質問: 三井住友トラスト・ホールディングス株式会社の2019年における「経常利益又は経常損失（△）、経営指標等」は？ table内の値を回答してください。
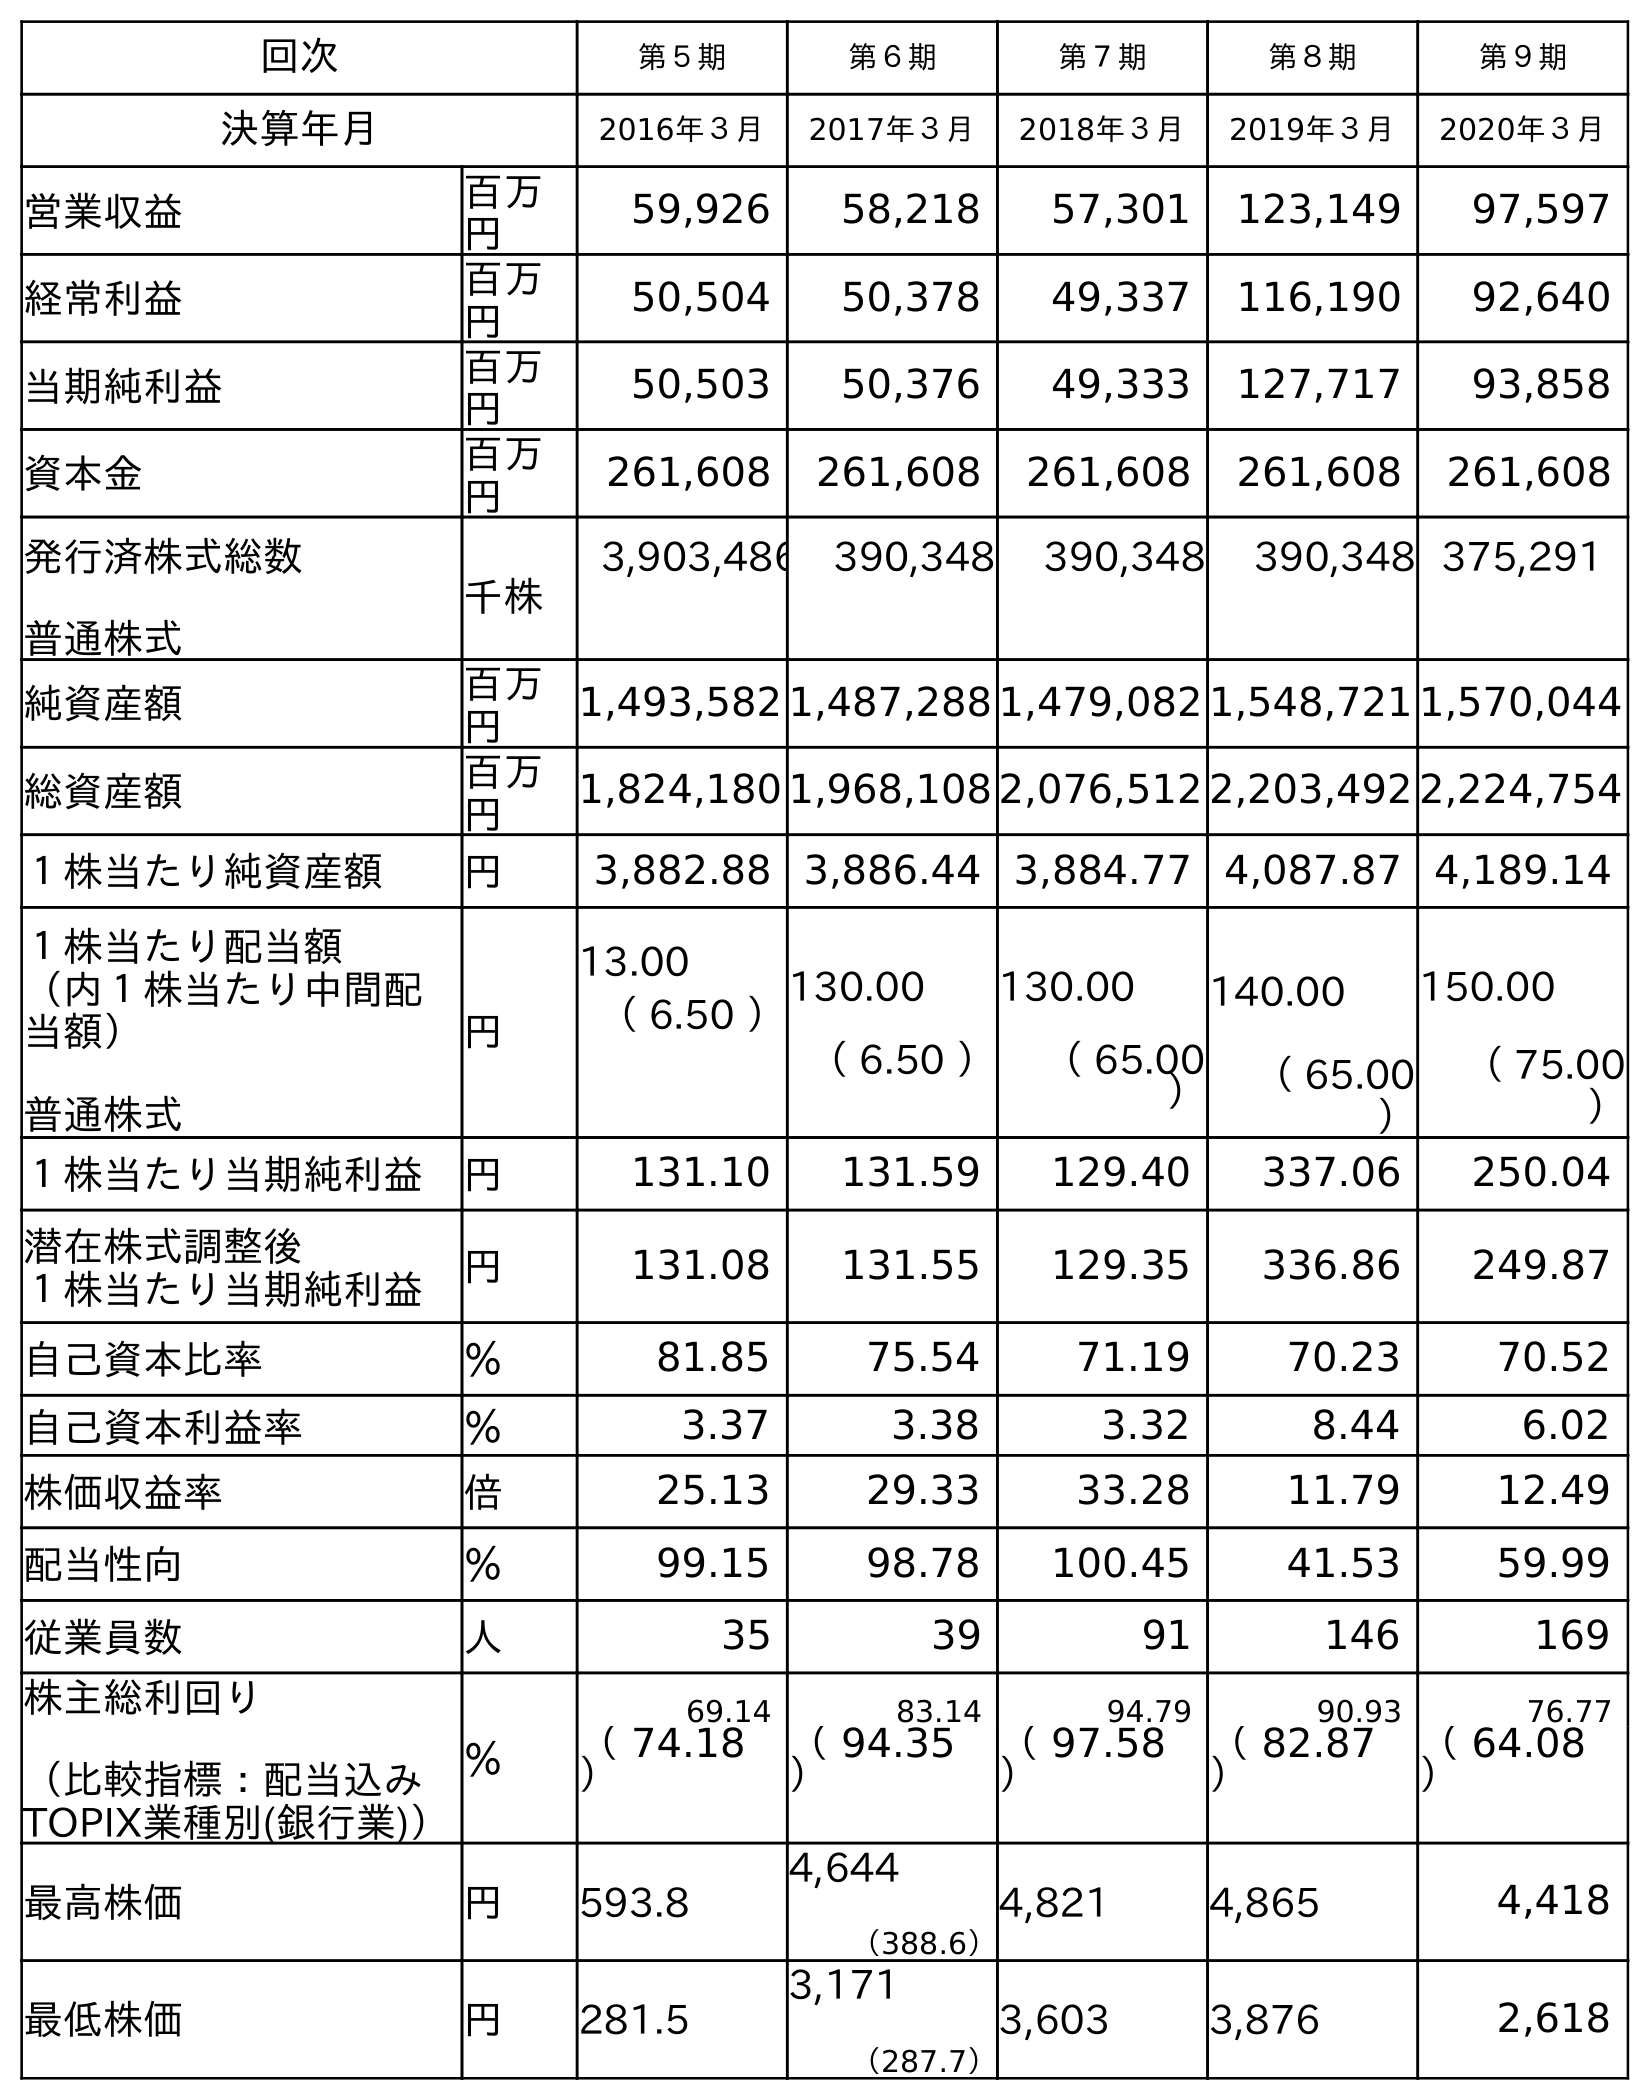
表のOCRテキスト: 回次 第５期 第６期 第７期 第８期 第９期 決算年月 2016年３月 2017年３月 2018年３月 2019年３月 2020年３月 営業収益 百万 円 59,926 58,218 57,301 123,149 97,597 経常利益 百万 円 50,504 50,378 49,337 116,190 92,640 当期純利益 百万 円 50,503 50,376 49,333 127,717 93,858 資本金 百万 円 261,608 261,608 261,608 261,608 261,608 発行済株式総数 普通株式 千株 3,903,486 390,348 390,348 390,348 375,291 純資産額 百万 円 1,493,582 1,487,288 1,479,082 1,548,721 1,570,044 総資産額 百万 円 1,824,180 1,968,108 2,076,512 2,203,492 2,224,754 １株当たり純資産額 円 3,882.88 3,886.44 3,884.77 4,087.87 4,189.14 １株当たり配当額 （内１株当たり中間配 当額） 普通株式 円 13.00 （ 6.50 ）130.00 （ 6.50 ） 130.00 （ 65.00 ） 140.00 （ 65.00 ） 150.00 （ 75.00 ） １株当たり当期純利益 円 131.10 131.59 129.40 337.06 250.04 潜在株式調整後 １株当たり当期純利益 円 131.08 131.55 129.35 336.86 249.87 自己資本比率 ％ 81.85 75.54 71.19 70.23 70.52 自己資本利益率 ％ 3.37 3.38 3.32 8.44 6.02 株価収益率 倍 25.13 29.33 33.28 11.79 12.49 配当性向 ％ 99.15 98.78 100.45 41.53 59.99 従業員数 人 35 39 91 146 169 株主総利回り （比較指標：配当込み TOPIX業種別(銀行業)） ％ 69.14 83.14 94.79 90.93 76.77 （ 74.18 ） （ 94.35 ） （ 97.58 ） （ 82.87 ） （ 64.08 ） 最高株価 円 593.8 4,644 （388.6） 4,821 4,865 4,418 最低株価 円 281.5 3,171 （287.7） 3,603 3,876 2,618
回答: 116,190